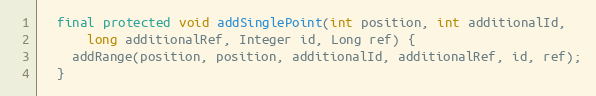
Language: Java
  final protected void addSinglePoint(int position, int additionalId,
      long additionalRef, Integer id, Long ref) {
    addRange(position, position, additionalId, additionalRef, id, ref);
  }